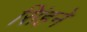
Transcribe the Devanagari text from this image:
सिंहने